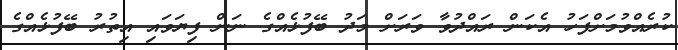
ކުރެއްވުމަށްފަހު އެކަން ރައްދުވާ ވަރަށް މަދު ބޭފުޅެއްގެ ނަން ފިޔަވައި އިތުރު ބޭފުޅެއްގެ